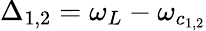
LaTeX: \Delta_{1,2}=\omega_{L}-\omega_{c_{1,2}}